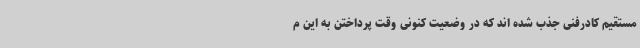
مستقیم کادرفنی جذب شده اند که در وضعیت کنونی وقت پرداختن به این م